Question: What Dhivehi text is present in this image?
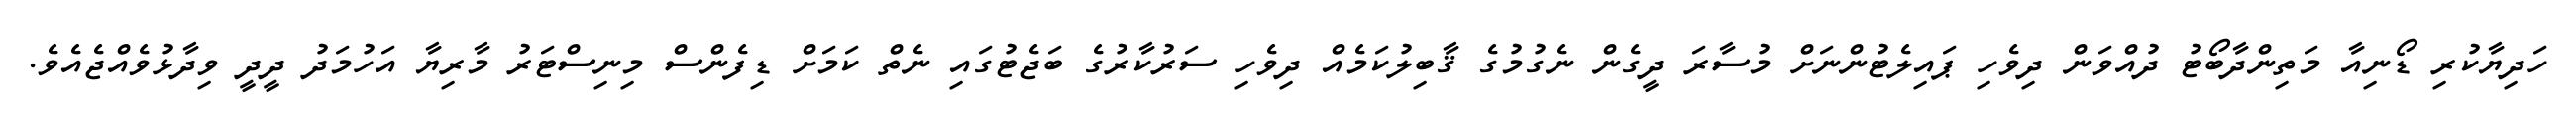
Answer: ހަދިޔާކުރި ޑޯނިއާ މަތިންދާބޯޓު ދުއްވަން ދިވެހި ޕައިލެޓުންނަށް މުސާރަ ދީގެން ނެގުމުގެ ޤާބިލުކަމެއް ދިވެހި ސަރުކާރުގެ ބަޖެޓުގައި ނެތް ކަމަށް ޑިފެންސް މިނިސްޓަރު މާރިޔާ އަހުމަދު ދީދީ ވިދާޅުވެއްޖެއެވެ.